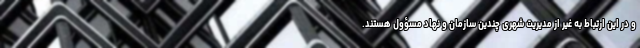
و در این ارتباط به غیر از مدیریت شهری چندین سازمان و نهاد مسؤول هستند.